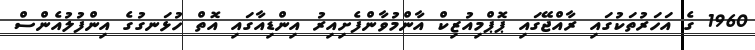
1960 ގެ އަހަރުތަކުގައި ރާއްޖޭގައި ޕޮޕްމިއުޒިކް އާންމުވާންފެށިއިރު އިންޑިއާގައި އޮތް ހުޅަނގުގެ އިންފުލުއެންސް